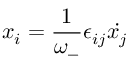
x _ { i } = \frac { 1 } { \omega _ { - } } \epsilon _ { i j } { \dot { x _ { j } } }